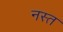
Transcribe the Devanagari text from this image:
नस्त